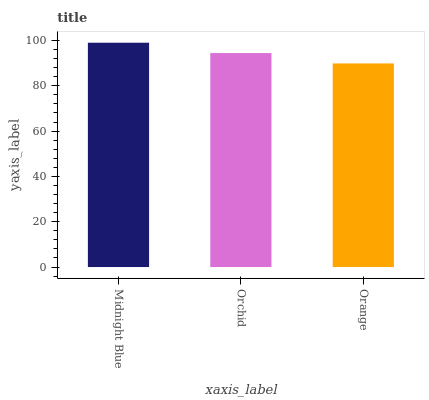
| xaxis_label | bars |
 | --- | --- |
 | Midnight Blue | 99 |
 | Orchid | 94.4 |
 | Orange | 89.9 |